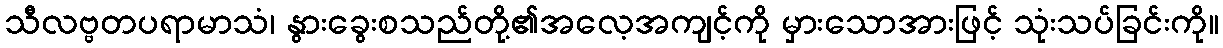
သီလဗ္ဗတပရာမာသံ၊ နွားခွေးစသည်တို့၏အလေ့အကျင့်ကို မှားသောအားဖြင့် သုံးသပ်ခြင်းကို။